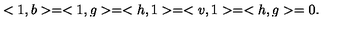
< 1 , b > = < 1 , g > = < h , 1 > = < v , 1 > = < h , g > = 0 .